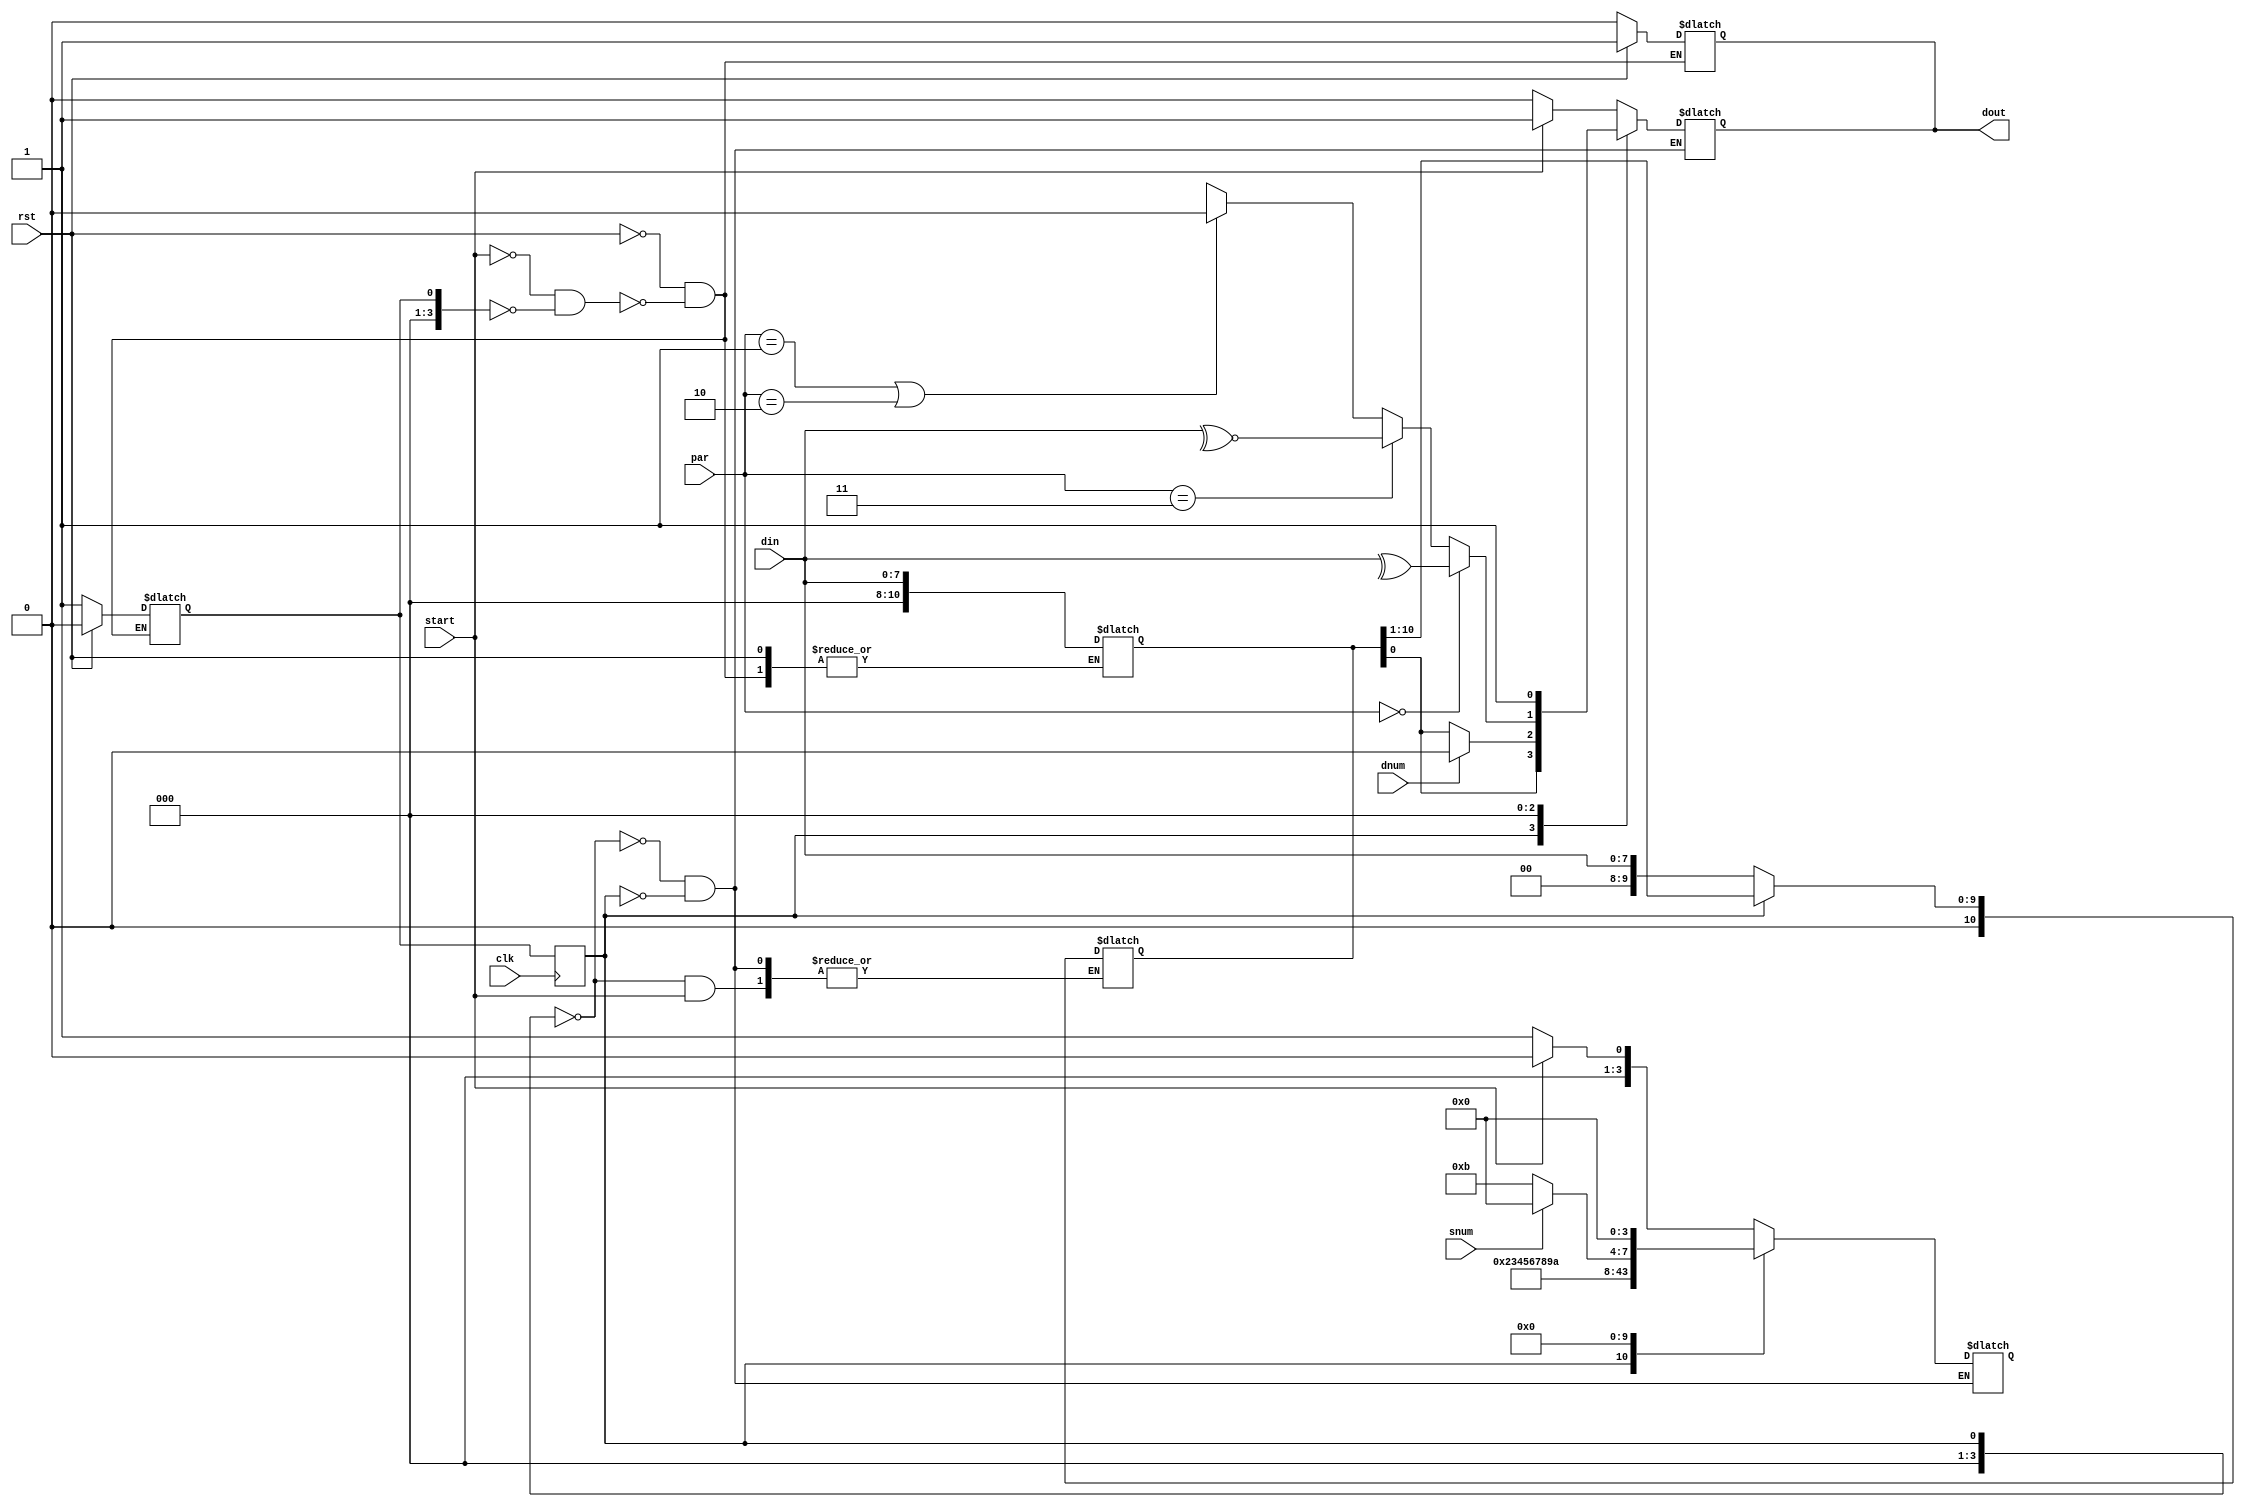
module tx_synth( output reg dout,
input [1:0] par,
input [7:0] din,
input clk,rst,start,snum,dnum );

reg [10:0]save;
wire parity;
reg [3:0] y=0;
reg [3:0] state=0;
parameter stop=11;

    assign parity=
            (par == 2'b00) ? (^din)  :  // odd
            (par == 2'b11) ? (~^din) :  // even
            ((par == 2'b01) || (par == 2'b10)) ? 0 : 1'bx; // no parity
            
  always @(rst, start)
    begin
    if(rst)
    begin
      y<=0;
      dout<=1;
    end
     else if (~start && y==0)
     begin dout <= 0; y <= 1; save <= din; end
    end

always @(state)
begin
case (state)
  
  0: if (~start)
     begin dout <= 0; y <= 1; save <= din; end
     else begin dout <= 1 ; y <= 0 ; end

  1: begin 
  dout<= save[0]; 
  save <= {1'b0,save[10:1]};
  y<=2; end
  2: begin 
  dout<= save[0]; save <= {1'b0,save[10:1]};
  y<=3; end
  3: begin 
  dout<= save[0]; save <= {1'b0,save[10:1]};
  y<=4; end
  4: begin 
  dout<= save[0]; save <= {1'b0,save[10:1]};
  y<=5; end
  5: begin 
  dout<= save[0]; save <= {1'b0,save[10:1]};
  y<=6; end
  6: begin 
  dout<= save[0]; save <= {1'b0,save[10:1]};
  y<=7; end
  7: begin 
  dout<= save[0]; save <= {1'b0,save[10:1]};
  y<=8; end
  
  8: begin 
    if(dnum) // 7 bit 
      dout <= 0 ;
    else   
    dout<= save[0];
    y<=9;
     end
  9: begin dout <= parity; y<=10; end
  10: begin if (~snum) 
     y<=11;
     else y<=0;
     dout <= stop[0]; 
     end 
  11:begin  dout<= stop[1] ; y<=0; end
 endcase
 end 

always@(posedge clk)
begin
state<=y;
end
 
 
 endmodule